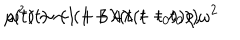
LaTeX: \rho ( t ) \sim ( 1 + 3 \lambda ( t - t _ { 0 } ) ) \rho , \hspace { 0 . 3 i n } \omega ^ { 2 } ( t ) \sim ( 1 + 4 \lambda ( t - t _ { 0 } ) ) \omega ^ { 2 }